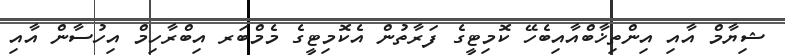
ޝިޔާމް އާއި އިންތިޚާބްއާއިބެހޭ ކޮމިޓީގެ ފަރާތުން އެކޮމިޓީގެ މެމްބަރ އިބްރާހިމް އިހުސާން އާއި